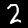
Label: 2